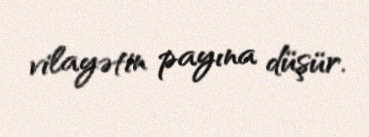
vilayətin payına düşür.